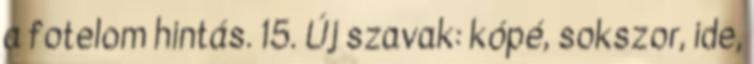
a fotelom hintás. 15. Új szavak: kópé, sokszor, ide,